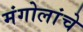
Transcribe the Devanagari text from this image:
मंगोलांचे